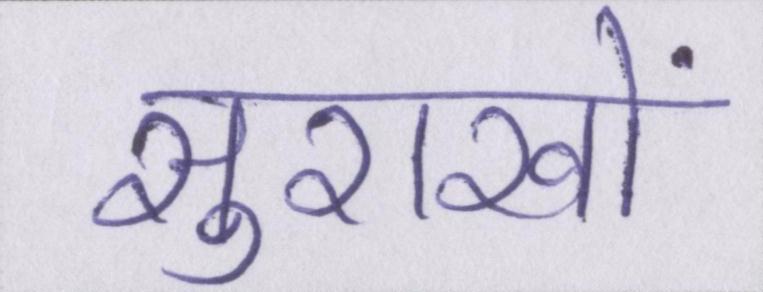
सुराखों